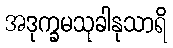
အဒုက္ခမသုခါနုသာရိ